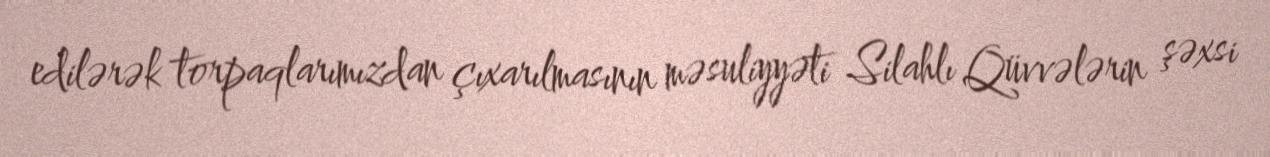
edilərək torpaqlarımızdan çıxarılmasının məsuliyyəti Silahlı Qüvvələrin şəxsi